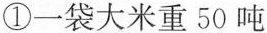
①一袋大米重50吨